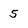
Character: 5